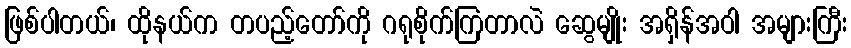
ဖြစ်ပါတယ်၊ ထိုနယ်က တပည့်တော်ကို ဂရုစိုက်ကြတာလဲ ဆွေမျိုး အရှိန်အဝါ အများကြီး